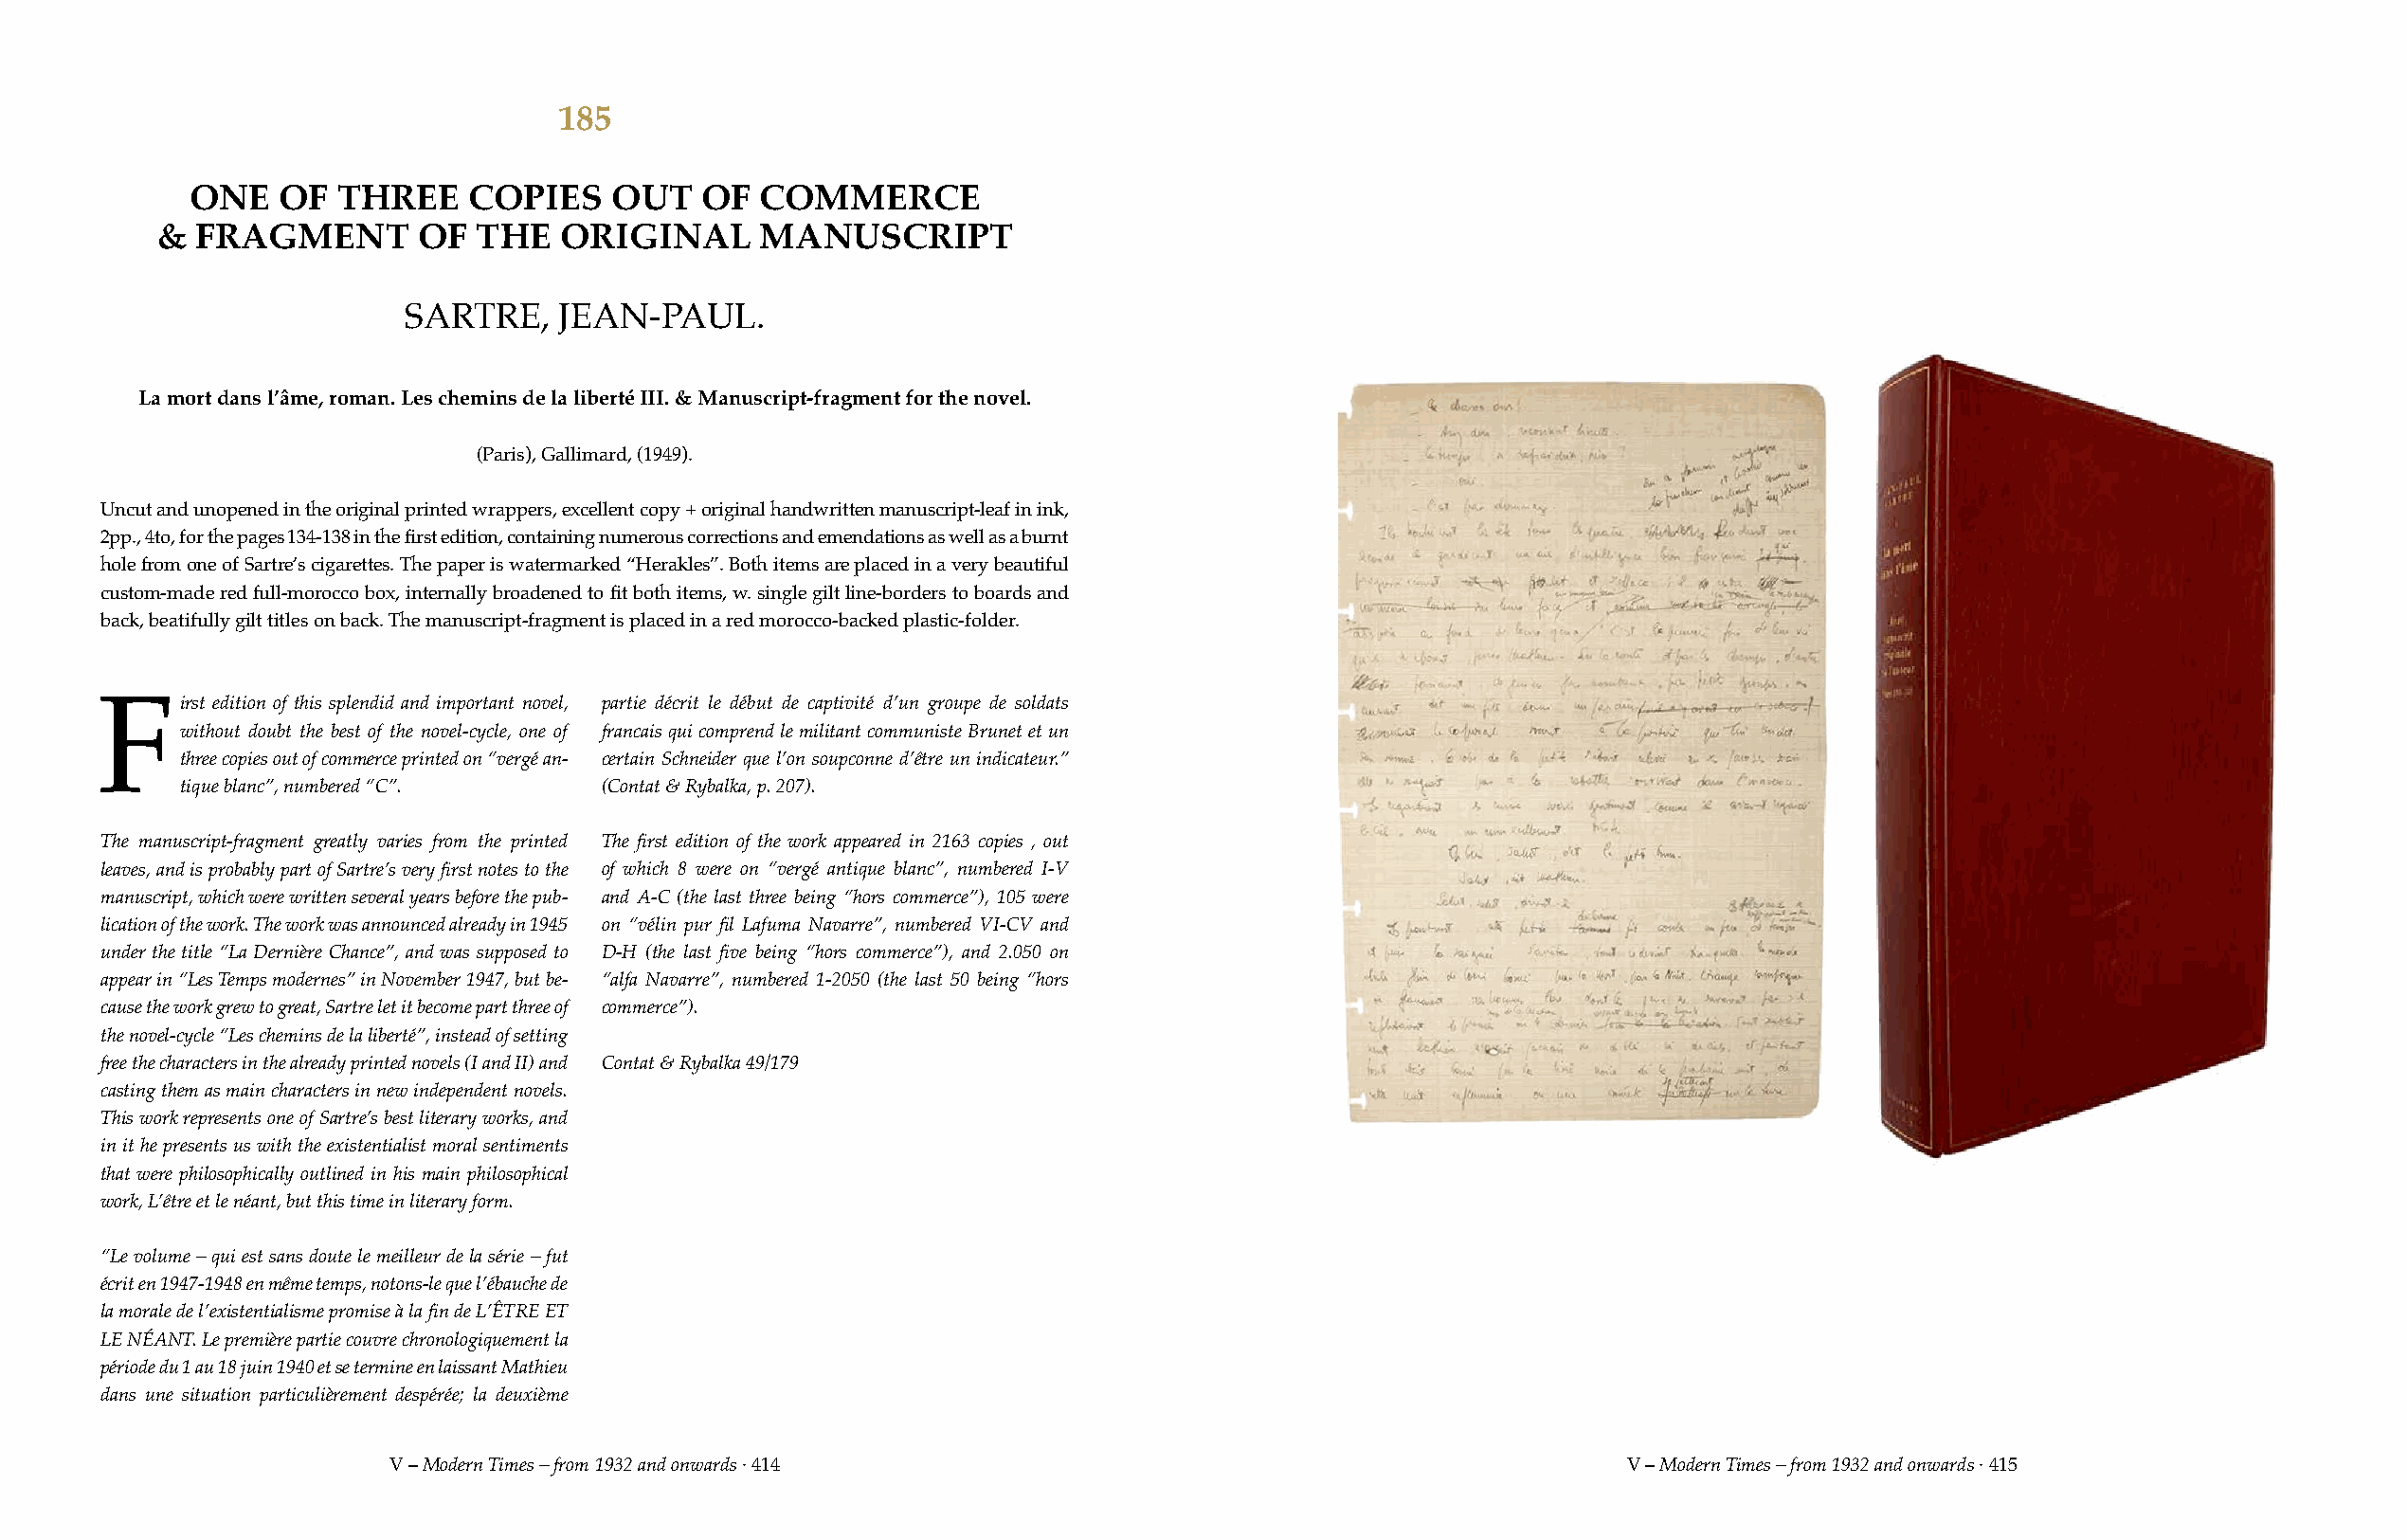
185
 ONE   OF   THREE    COPIES    OUT   OF  COMMERCE
 &  FRAGMENT       OF  THE   ORIGINAL      MANUSCRIPT
 SARTRE,    JEAN-PAUL.
 La mort dans l’âme, roman. Les chemins de la liberté III. & Manuscript-fragment for the novel.
 (Paris), Gallimard, (1949).
 Uncut and unopened in the original printed wrappers, excellent copy + original handwritten manuscript-leaf in ink,
 2pp., 4to, for the pages 134-138 in the first edition, containing numerous corrections and emendations as well as a burnt
 hole from one of Sartre’s cigarettes. The paper is watermarked “Herakles”. Both items are placed in a very beautiful
 custom-made red full-morocco box, internally broadened to fit both items, w. single gilt line-borders to boards and
 back, beatifully gilt titles on back. The manuscript-fragment is placed in a red morocco-backed plastic-folder.
 irst edition of this splendid and important novel, partie décrit le début de captivité d’un groupe de soldats
 F
 without doubt the best of the novel-cycle, one of francais qui comprend le militant communiste Brunet et un
 three copies out of commerce printed on “vergé an- certain Schneider que l’on soupconne d’être un indicateur.”
 tique blanc”, numbered “C”.  (Contat & Rybalka, p. 207).
 The manuscript-fragment greatly varies from the printed The first edition of the work appeared in 2163 copies , out
 leaves, and is probably part of Sartre’s very first notes to the of which 8 were on “vergé antique blanc”, numbered I-V
 manuscript, which were written several years before the pub- and A-C (the last three being “hors commerce”), 105 were
 lication of the work. The work was announced already in 1945 on “vélin pur fil Lafuma Navarre”, numbered VI-CV and
 under the title “La Dernière Chance”, and was supposed to D-H (the last five being “hors commerce”), and 2.050 on
 appear in “Les Temps modernes” in November 1947, but be- “alfa Navarre”, numbered 1-2050 (the last 50 being “hors
 cause the work grew to great, Sartre let it become part three of commerce”).
 the novel-cycle “Les chemins de la liberté”, instead of setting
 free the characters in the already printed novels (I and II) and Contat & Rybalka 49/179
 casting them as main characters in new independent novels.
 This work represents one of Sartre’s best literary works, and
 in it he presents us with the existentialist moral sentiments
 that were philosophically outlined in his main philosophical
 work, L’être et le néant, but this time in literary form.
 “Le volume – qui est sans doute le meilleur de la série – fut
 écrit en 1947-1948 en même temps, notons-le que l’ébauche de
 la morale de l’existentialisme promise à la fin de L’ÊTRE ET
 LE NÉANT. Le première partie couvre chronologiquement la
 période du 1 au 18 juin 1940 et se termine en laissant Mathieu
 dans une situation particulièrement despérée; la deuxième
 V – Modern Times – from 1932 and onwards · 414                                         V – Modern Times – from 1932 and onwards · 415